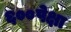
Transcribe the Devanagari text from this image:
६००पेक्षा